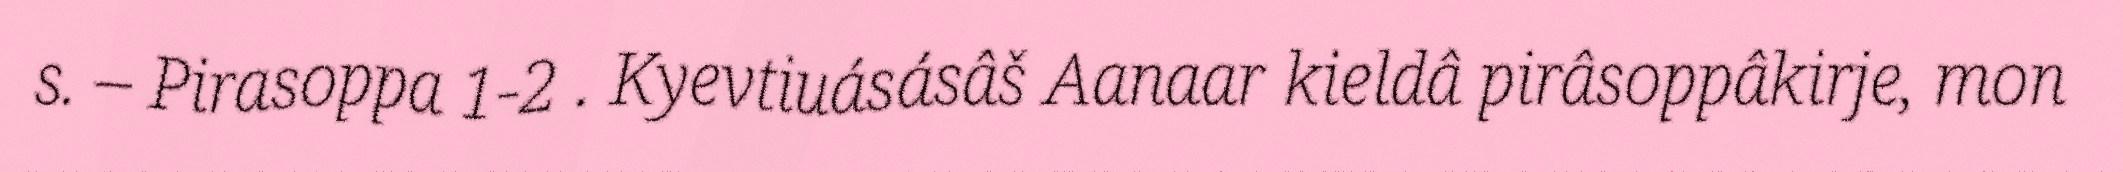
s. – Pirasoppa 1-2 . Kyevtiuásásâš Aanaar kieldâ pirâsoppâkirje, mon